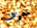
نعزف